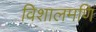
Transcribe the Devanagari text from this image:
विशालमणि